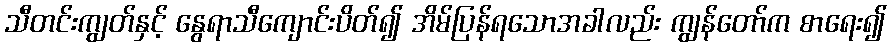
သီတင်းကျွတ်နှင့် နွေရာသီကျောင်းပိတ်၍ အိမ်ပြန်ရသောအခါလည်း ကျွန်တော်က စာရေး၍